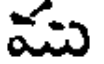
ము